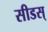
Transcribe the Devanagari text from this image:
सीडस्